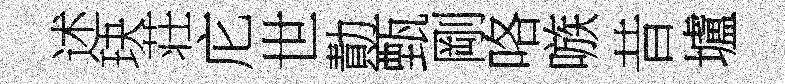
述玦荘庀世勣甄剛咯嗾昔壚